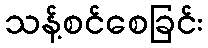
သန့်စင်စေခြင်း